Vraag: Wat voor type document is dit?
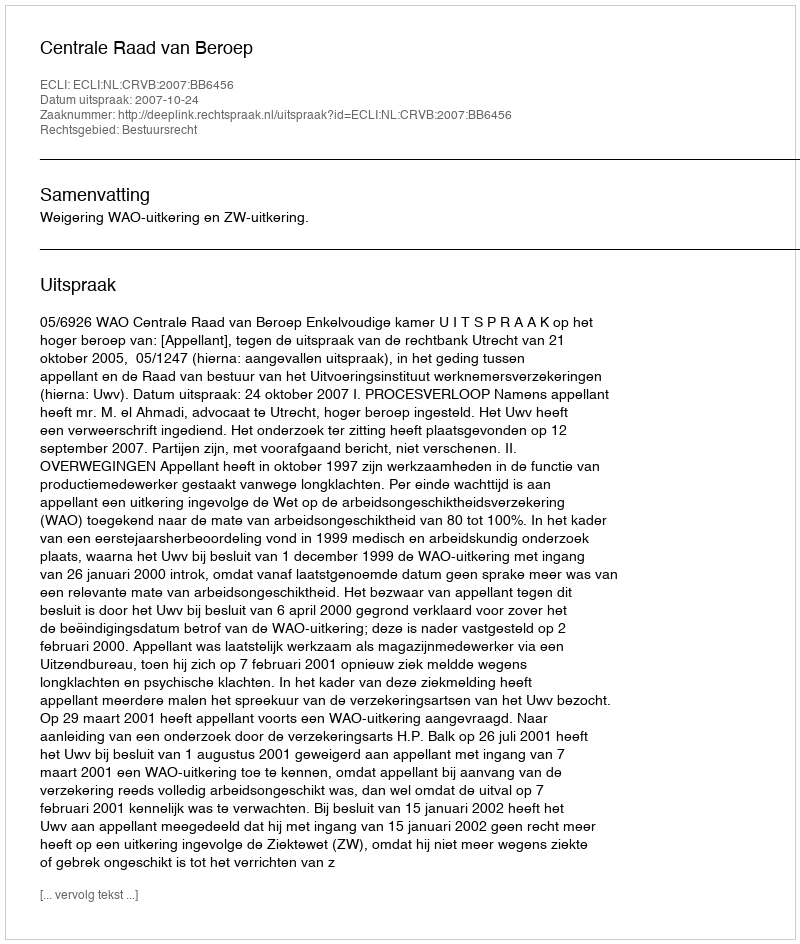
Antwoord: Uitspraak